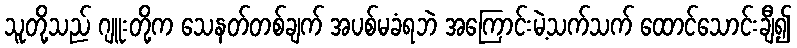
သူတို့သည် ဂျူးတို့က သေနတ်တစ်ချက် အပစ်မခံရဘဲ အကြောင်းမဲ့သက်သက် ထောင်သောင်းချီ၍